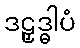
ဒဠှဒ္ဓါပံ